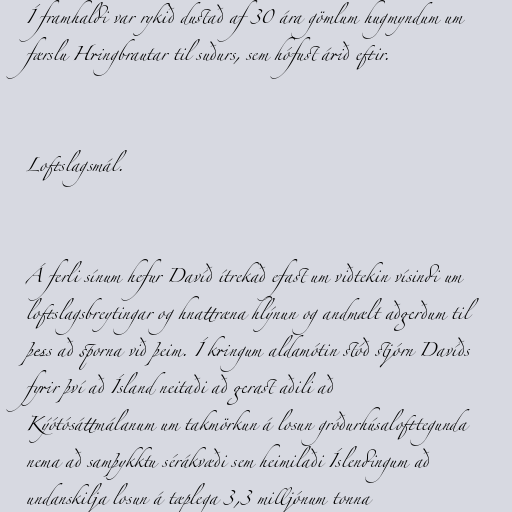
Í framhaldi var rykið dustað af 30 ára gömlum hugmyndum um
færslu Hringbrautar til suðurs, sem hófust árið eftir.

Loftslagsmál.

Á ferli sínum hefur Davíð ítrekað efast um viðtekin vísindi um
loftslagsbreytingar og hnattræna hlýnun og andmælt aðgerðum til
þess að sporna við þeim. Í kringum aldamótin stóð stjórn Davíðs
fyrir því að Ísland neitaði að gerast aðili að
Kýótósáttmálanum um takmörkun á losun gróðurhúsalofttegunda
nema að samþykktu sérákvæði sem heimilaði Íslendingum að
undanskilja losun á tæplega 3,3 milljónum tonna